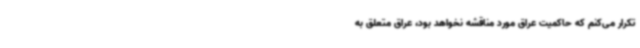
تکرار می‌کنم که حاکمیت عراق مورد مناقشه نخواهد بود، عراق متعلق به